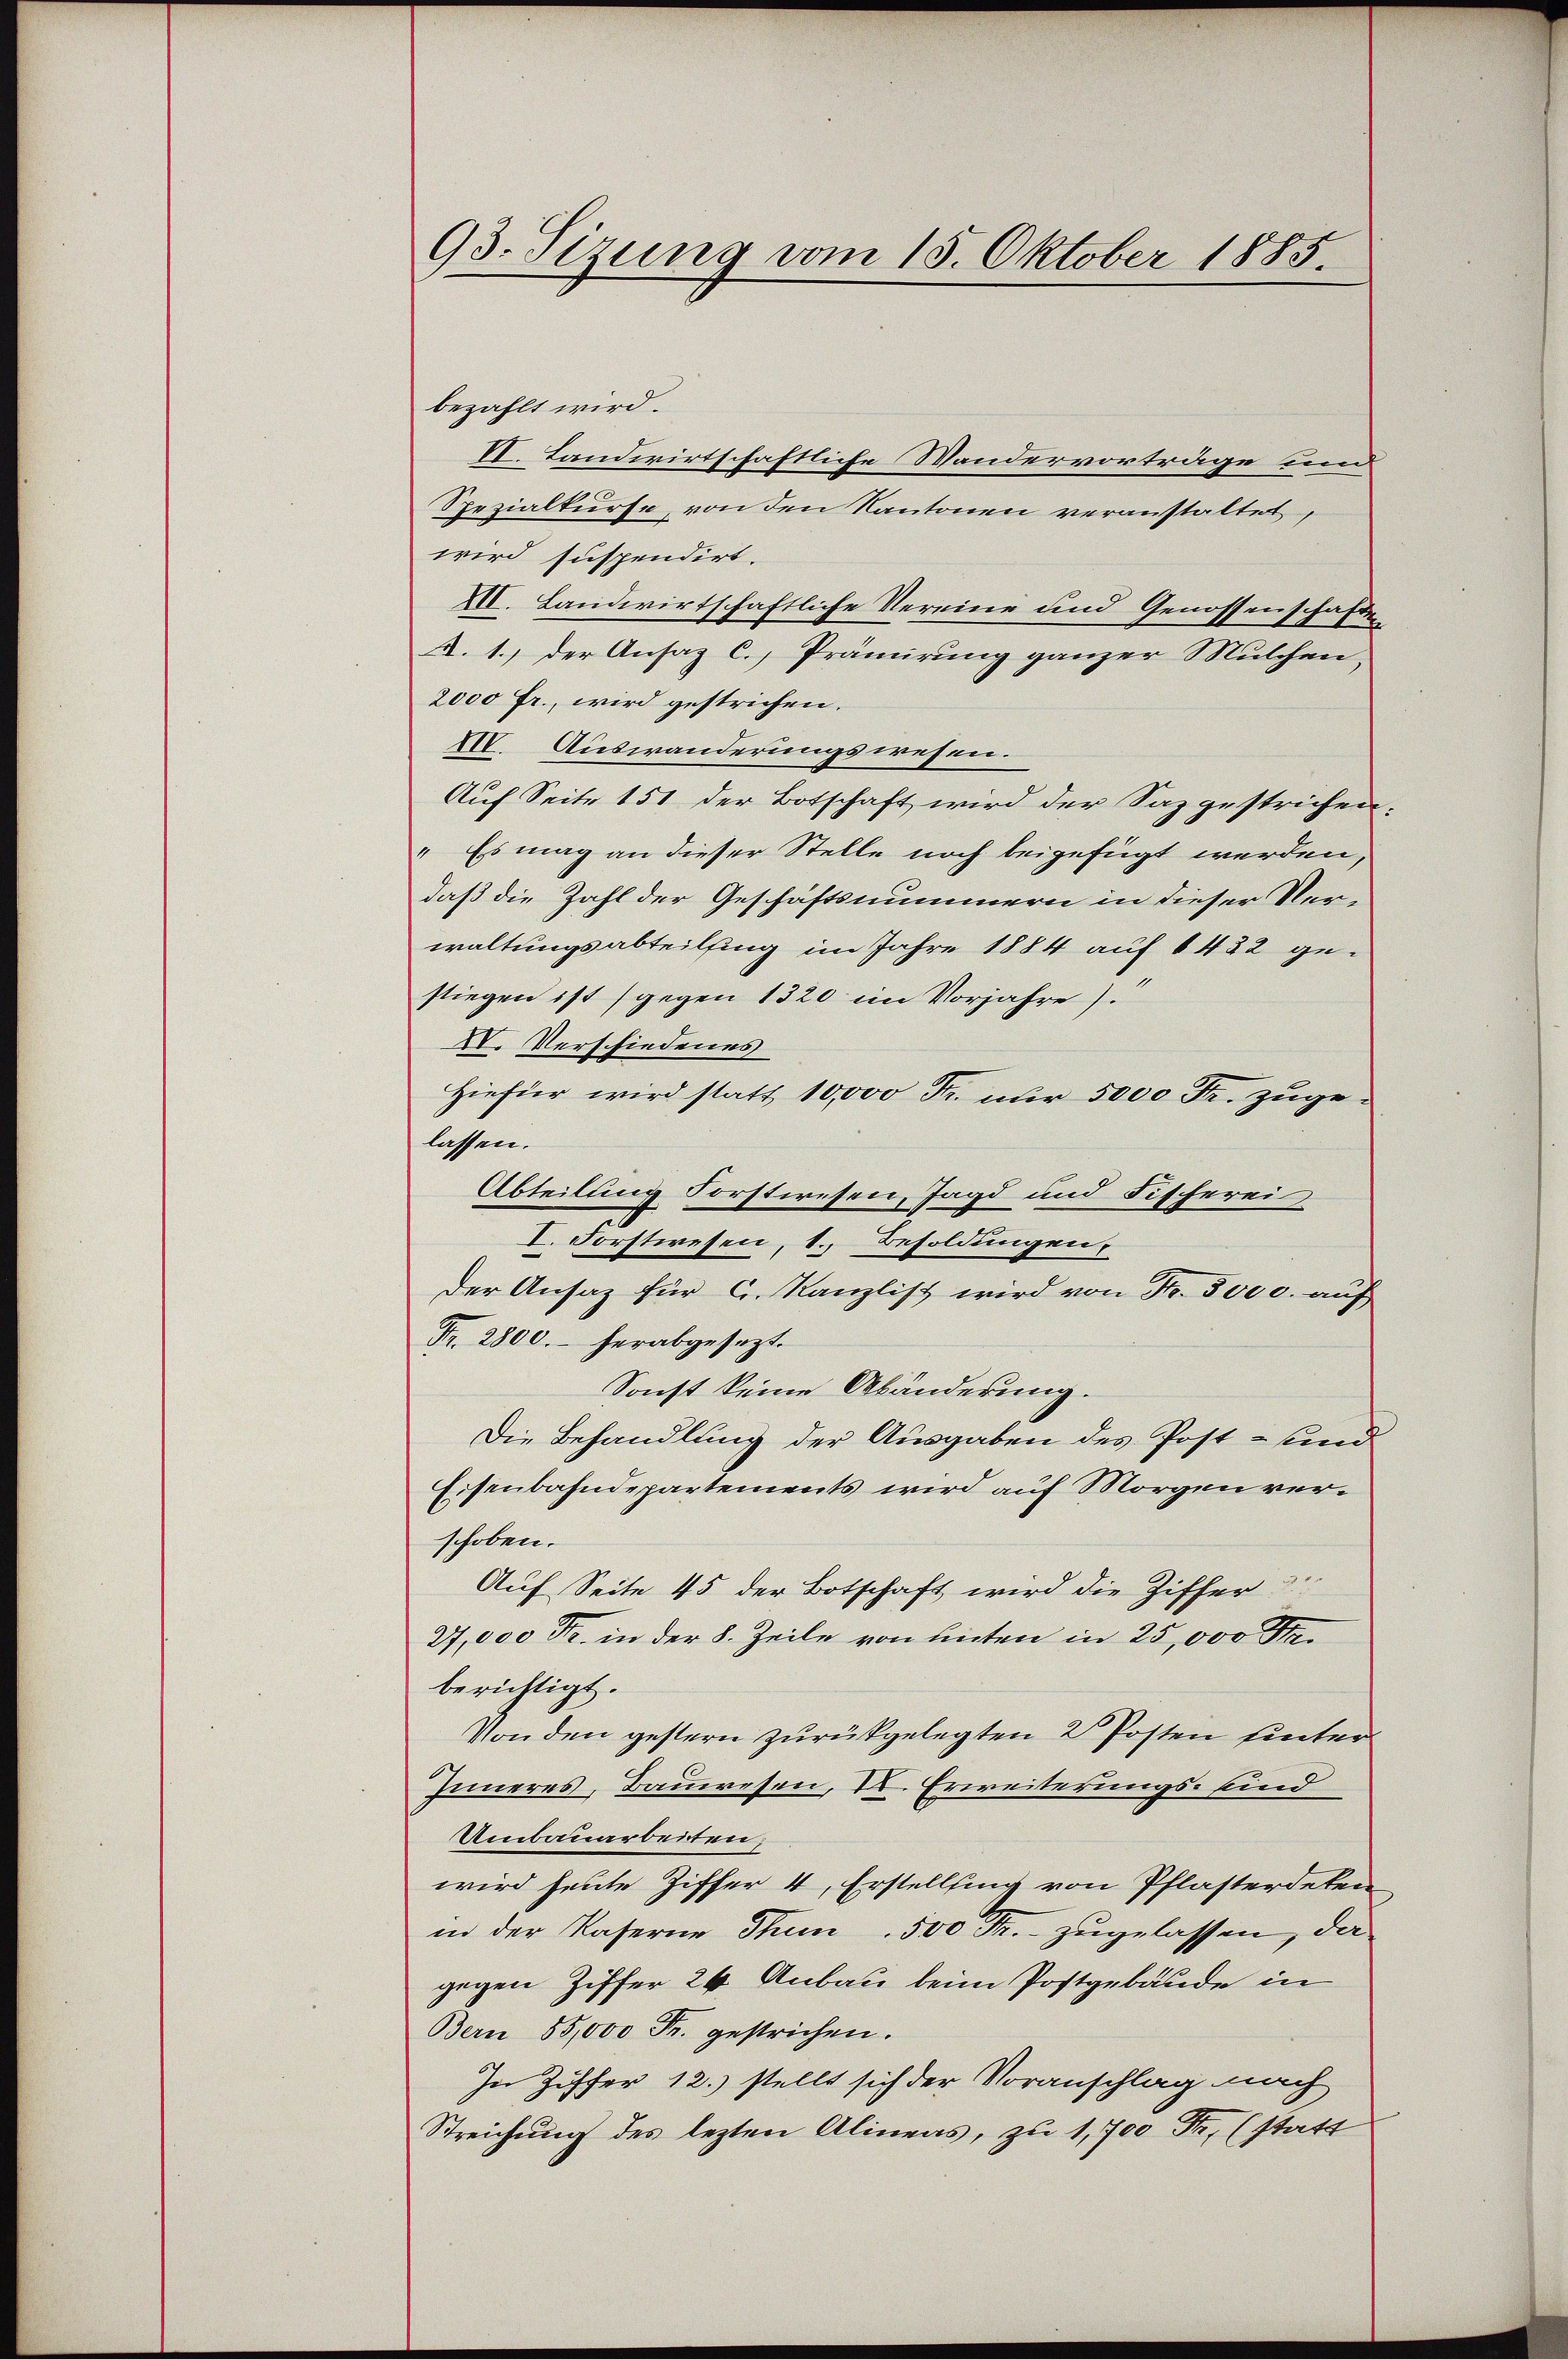
93. Sizung vom 15. Oktober 1885.

bezahlt wird.
VI. Landwirtschaftliche Wandervorträge und
Spezialkurse von den Kantonen veranstaltet,
wird suspendirt.
XII. Landwirtschaftliche Vereine und Genossenschaften
A. 1.) der Ansaz C., Prämirung ganzer Mutchen,
2000 Fr., wird gestrichen.
XIV. Auswanderungswesen.
Auf Seite 151 der Botschaft wird der Satz gestrichen
" Es mag an dieser Stelle noch beigefügt werden,
daß die Zahl der Geschäftsnummern in dieser Ver-
waltungsabteilsing im Jahre 1884 auf 1432 ge-
stiegen ist (gegen 1320 im Vorjahre).
IV. Verschiedenes
Hiefür wird statt 10,000 Fr. nur 5000 Fr. zugelassen.
Abteilung Forstwesen, Jagd und Fischerei
I. Forstwesen, 1. Besoldungen,
der Ansaz für C. Kanzlist wird von Fr. 5000. auf
Fr. 2800. herabgesezt.
Sonst keine Abänderung.
Die Behandlung der Ausgaben des Post- und
Eisenbahndepartements wird auf Morgen verschoben.
Auf Seite 45 der Botschaft wird die Ziffer
27,000 Fr. in der 8. Zeile von unten in 25,000 Mei
berichtigt.
Von den gestern zurückgelegten 2 Posten hinter¬
Inneres, Bauwesen, Dr. Erweiterungs- sind
Umbauarbeiten,
wird heute Ziffer 4, Erstellung von Pflasterdeten
in der Kaserne Thun. 500 Fr. zugelassen, da
gegen Ziffer 24 Anbau beim Postgebäude in
Bern 55,000 Fr. gestrichen.
In Ziffer 12.) stellt sich der Voranschlag nach
Streichung des lezten Alineas, zu 1,700 Fr. (statt